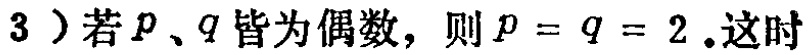
3）若\(p\)、\(q\)皆为偶数，则\(p = q = 2\).这时